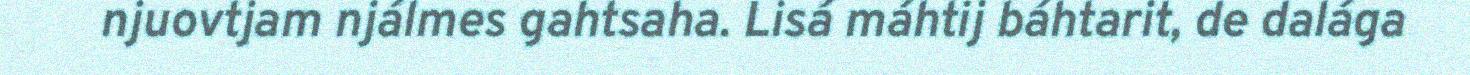
njuovtjam njálmes gahtsaha. Lisá máhtij báhtarit, de dalága